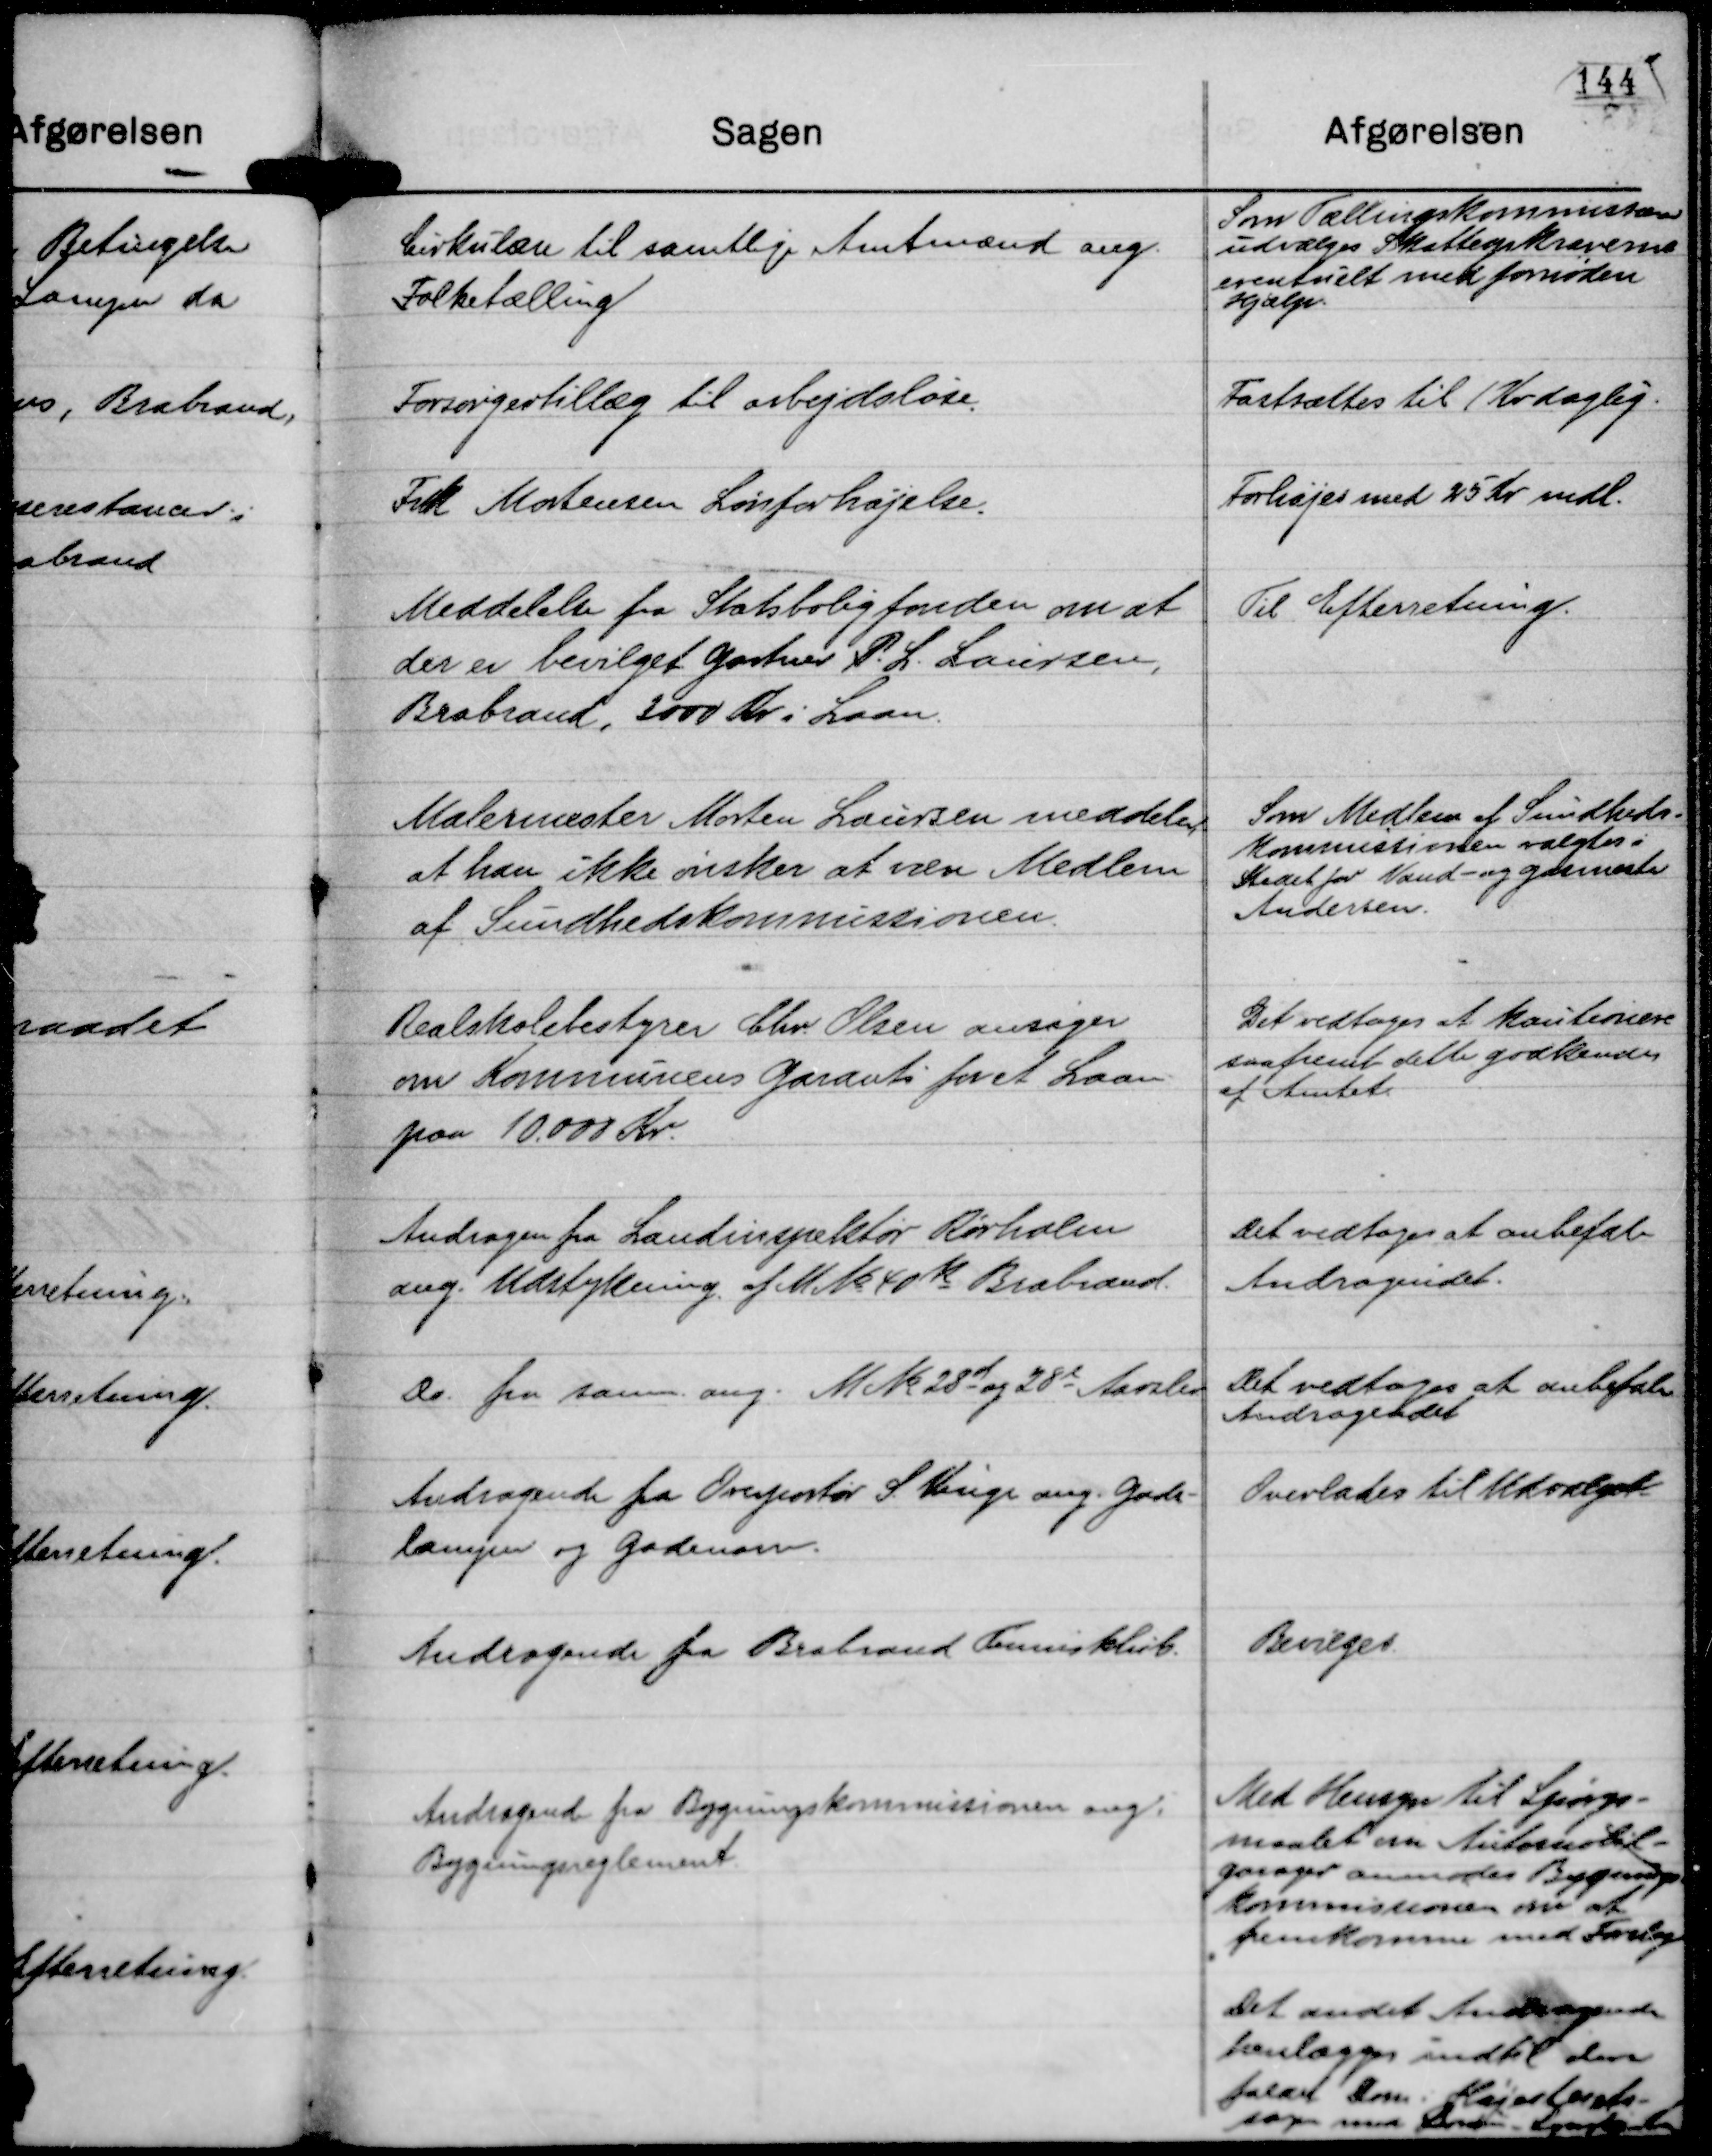
Transskription:
Cirkulære til samtlige Amtmænd ang.
Folketælling

Som Tællingskommissærer
udvælges Skatteopkræverne
eventuelt med fornøden
Hjælp.

Forsørgertillæg til arbejdsløse.

Fastsættes til 1 Kr daglig.

Frk Mortensen Lønforhøjelse.

Forhøjes med 25 Kr mdl.

Meddelelse fra Statsboligfonden om at
der er bevilget Gartner P. L. Laursen,
Brabrand, 2000 Kr i Laan.

Til Efterretning.

Malermester Morten Laursen meddeler,
at han ikke ønsker at være Medlem
af Sundhedskommissionen.

Som Medlem af Sundheds-
kommissionen valgtes i
Stedet for Vand- og Gasmester
Andersen.

Realskolebestyrer Chr. Olsen ansøger
om Kommunens Garanti for et Laan
paa 10.000 Kr.

Det vedtoges at kautionere
saafremt dette godkendes
af Amtet

Andragen fra Landinspektør Rørholm
ang. Udstykning. af M No 40 k Brabrand.

Det vedtoges at anbefale
Andragendet.

Do fra samm. ang. M No 28 d og 28 e Aarslev.

Det vedtoges at anbefale
Andragendet

Andragende fra Overportør S. Vinge ang. Gade-
lamper og Gadenavn.

Overlades til Udvalget

Andragende fra Brabrand Tennisklub.

Bevilges

Andragende fra Bygningskommissionen ang.
Bygningsreglement.

Med Hensyn til Spørgs-
maalet om Automobil-
garager anmodes Bygnings-
kommissionen om at
fremkomme med Forslag
Det andet Andragende
henlægges indtil den
faldt Dom i Højsterets-
sagen med Borum - Lyngby